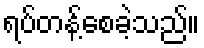
ရပ်တန့်စေခဲ့သည်။